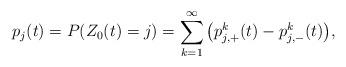
LaTeX: \begin{align*} p_j(t)=P(Z_0(t)=j)=\sum_{k=1}^\infty\big(p_{j,+}^k(t)-p_{j,-}^k(t)\big),\end{align*}